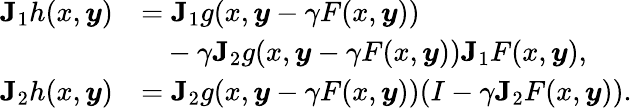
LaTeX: \begin{array}{rl}{\boldsymbol{\mathrm{J}}_{1}h(x,\boldsymbol{y})}&{=\boldsymbol{\mathrm{J}}_{1}g(x,\boldsymbol{y}-\gamma F(x,\boldsymbol{y}))}\\ &{~~~-\gamma\boldsymbol{\mathrm{J}}_{2}g(x,\boldsymbol{y}-\gamma F(x,\boldsymbol{y}))\boldsymbol{\mathrm{J}}_{1}F(x,\boldsymbol{y}),}\\ {\boldsymbol{\mathrm{J}}_{2}h(x,\boldsymbol{y})}&{=\boldsymbol{\mathrm{J}}_{2}g(x,\boldsymbol{y}-\gamma F(x,\boldsymbol{y}))(I-\gamma\boldsymbol{\mathrm{J}}_{2}F(x,\boldsymbol{y})).}\end{array}